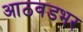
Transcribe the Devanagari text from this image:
आठवडभर